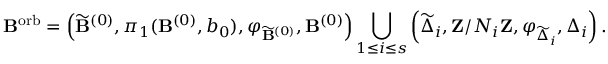
{ \bf B } ^ { \mathrm { o r b } } = \left( \widetilde { { \bf B } } ^ { ( 0 ) } , \pi _ { 1 } ( { \bf B } ^ { ( 0 ) } , b _ { 0 } ) , \varphi _ { \widetilde { { \bf B } } ^ { ( 0 ) } } , { \bf B } ^ { ( 0 ) } \right) \bigcup _ { 1 \leq i \leq s } \left( \widetilde { \Delta } _ { i } , { \bf Z } / N _ { i } { \bf Z } , \varphi _ { \widetilde { \Delta } _ { i } } , \Delta _ { i } \right) .